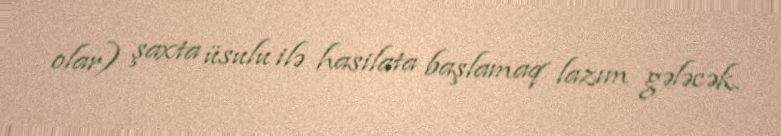
olar) şaxta üsulu ilə hasilata başlamaq lazım gələcək.